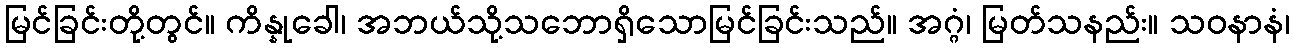
မြင်ခြင်းတို့တွင်။ ကိန္နုခေါ၊ အဘယ်သို့သဘောရှိသောမြင်ခြင်းသည်။ အဂ္ဂံ၊ မြတ်သနည်း။ သဝနာနံ၊